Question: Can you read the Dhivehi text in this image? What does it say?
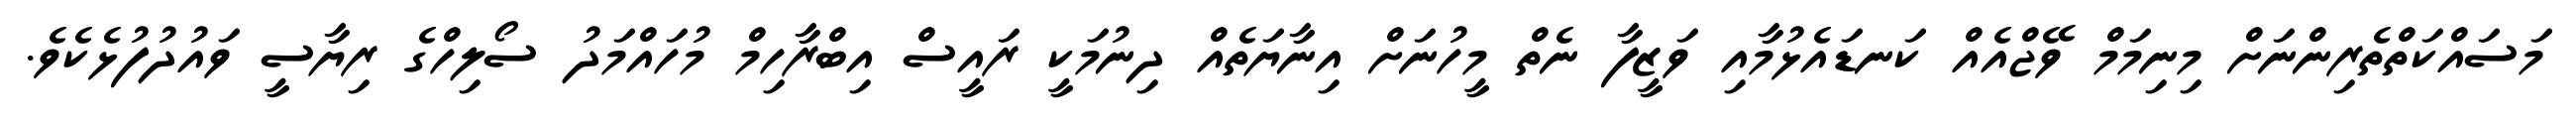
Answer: މަސައްކަތްތެރިންނަށް މިނިމަމް ވޭޖްއެއް ކަނޑައެޅުމާއި ވަޒީފާ ނެތް މީހުނަށް އިނާޔަތެއް ދިނުމަކީ ރައީސް އިބްރާހިމް މުހައްމަދު ސޯލިހްގެ ރިޔާސީ ވައުދުފުޅެކެވެ.